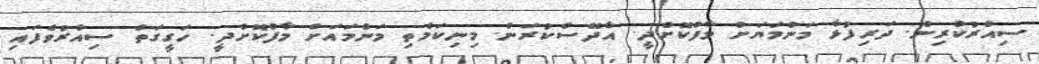
ސިއްރުކުރިން. ދަރިފުޅާ މަންމަޔަށް މާފުކޮށްދީ. އާދޭސްކުރަން. މިނިކަމެތި މަންމައަށް މާފުކޮށްދީ. ހަގީގަތް ސިއްރުވެފައި